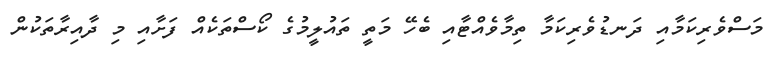
މަސްވެރިކަމާއި ދަނޑުވެރިކަމާ ތިމާވެއްޓާއި ބެހޭ މަތީ ތައުލީމުގެ ކޯސްތަކެއް ފަށާއި މި ދާއިރާތަކުން